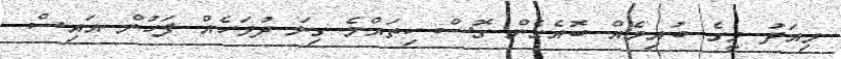
މިއަދު މީގެ ބުއިމެއް ބޮއެގެން ގޮސް ކިތައްމެ ގިނަ ދުވަހެއް ފަހުން އައިސް